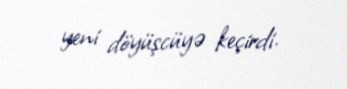
yeni döyüşcüyə keçirdi.